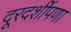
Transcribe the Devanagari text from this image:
दूरदर्शीपणा